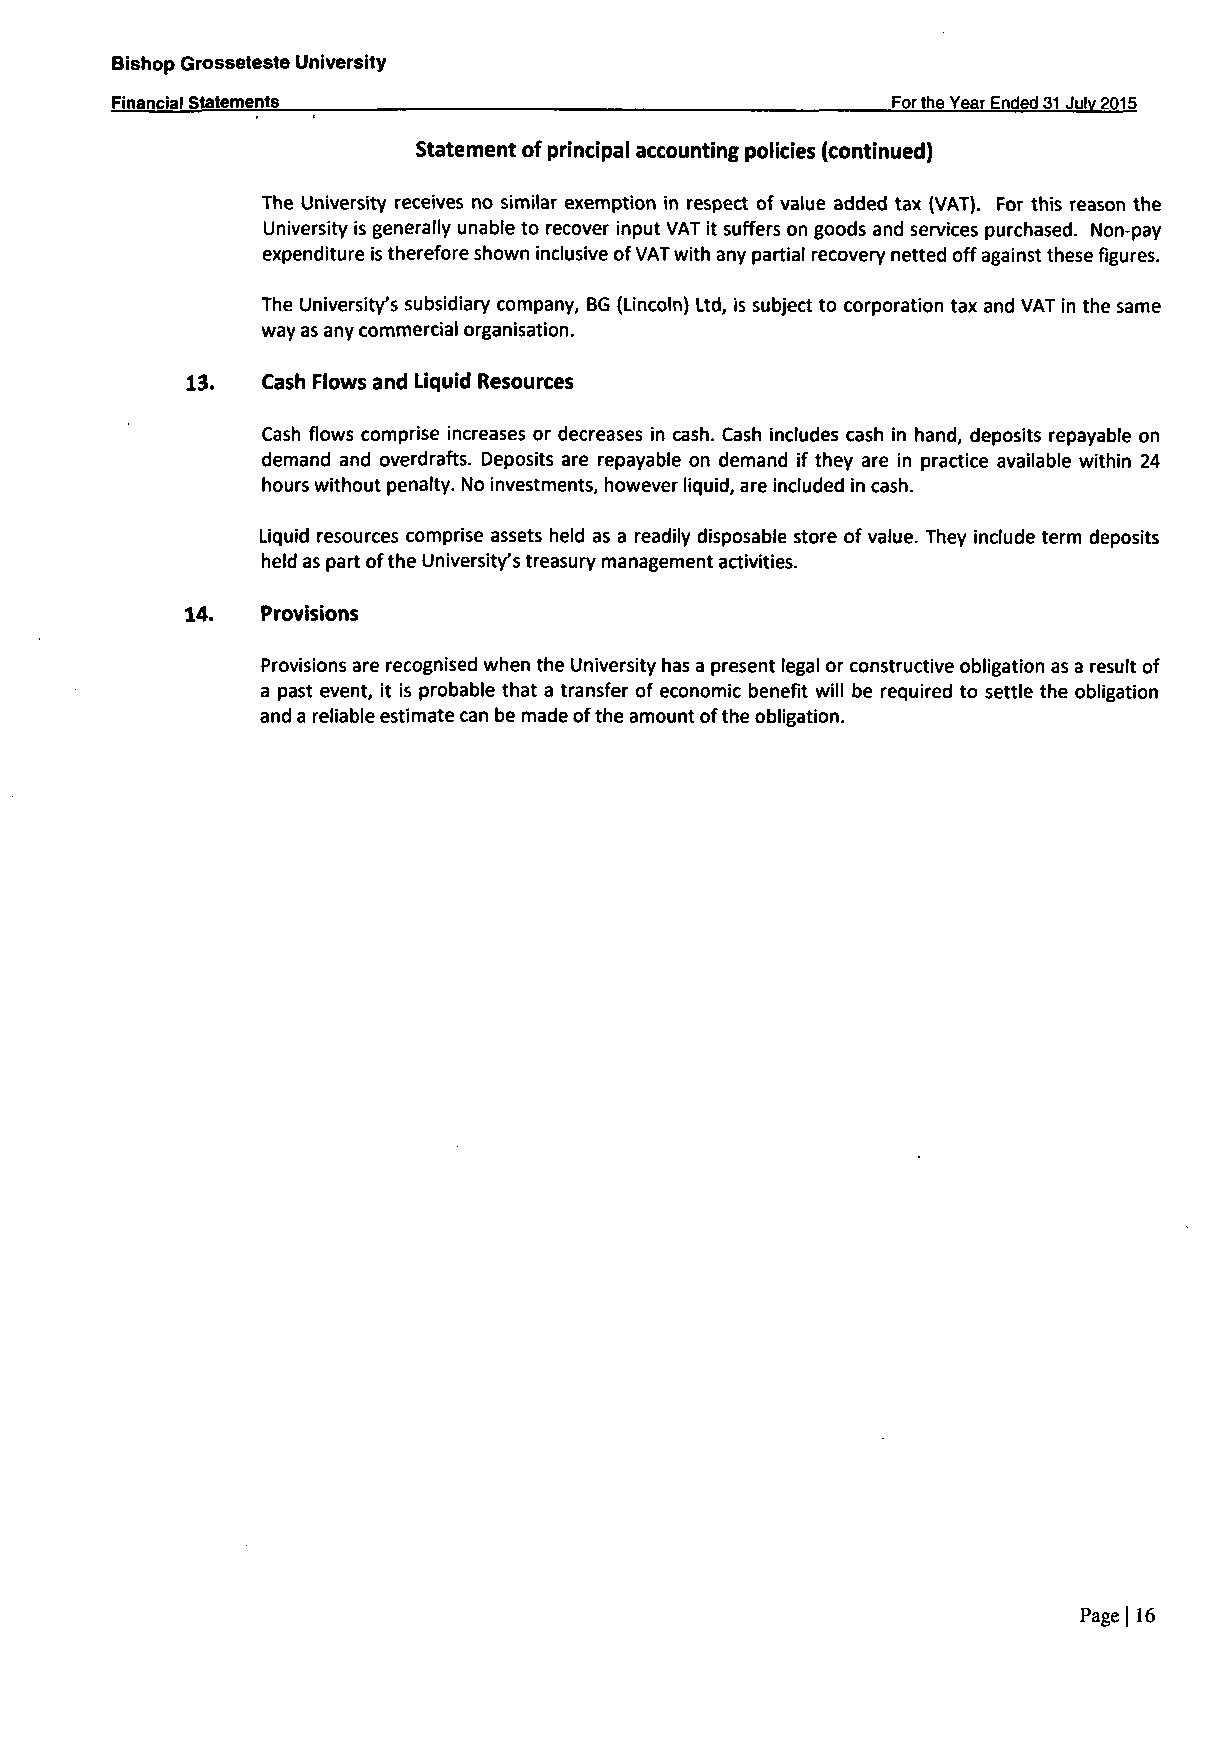
Bishop Grosseteste University
 Financial Statements                                For the Year Ended 31 Julv 2015
 Statement of principal accounting policies (continued)
 The University receives no similar exemption in respect of value added tax (VAT). For this reason the
 University is generally unable to recover input VAT it suffers on goods and services purchased. Non-pay
 expenditure is therefore shown inclusive of VAT with any partial recovery netted off against these figures.
 The University's subsidiary company, BG (Lincoln) Ltd, is subject to corporation tax and VAT in the same
 way as any commercial organisation.
 13.  Cash Flows and Liquid Resources
 Cash flows comprise increases or decreases in cash. Cash includes cash in hand, deposits repayable on
 demand and overdrafts. Deposits are repayable on demand if they are in practice avaiiabie within 24
 hours without penalty. No investments, however liquid, are included in cash.
 Liquid resources comprise assets held as a readily disposable store of value. They include term deposits
 held as part ofthe University's treasury management activities.
 14.  Provisions
 Provisions are recognised when the University has a present legal or constructive obligation as a result of
 a past event, it is probable that a transfer of economic benefit will be required to settle the obligation
 and a reliable estimate can be made ofthe amount ofthe obligation.
 Page| 16